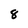
Character: 8